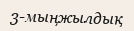
3-мыңжылдық